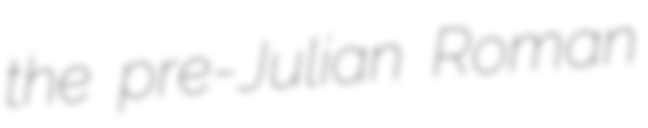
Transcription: the pre-Julian Roman